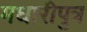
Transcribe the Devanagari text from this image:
मधारीपुत्र